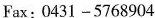
Fax:0431-5768904